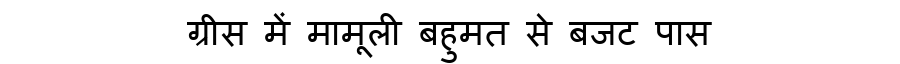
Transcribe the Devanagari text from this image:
ग्रीस में मामूली बहुमत से बजट पास